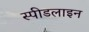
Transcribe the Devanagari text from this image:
स्पीडलाइन